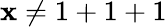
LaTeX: \, \! \mathbf{x}\neq1+1+1